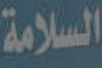
السلامة